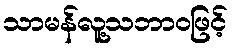
သာမန်လူ့သဘာဝဖြင့်